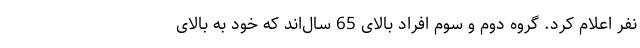
نفر اعلام کرد. گروه دوم و سوم افراد بالای 65 سال‌اند که خود به بالای